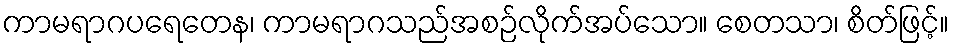
ကာမရာဂပရေတေန၊ ကာမရာဂသည်အစဉ်လိုက်အပ်သော။ စေတသာ၊ စိတ်ဖြင့်။